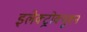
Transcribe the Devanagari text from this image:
इलेक्ट्रोक्यूशन